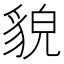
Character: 貌